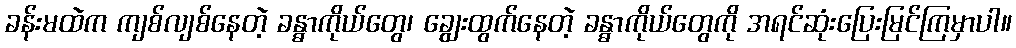
ခန်းမထဲက ကျစ်လျစ်နေတဲ့ ခန္ဓာကိုယ်တွေ၊ ချွေးထွက်နေတဲ့ ခန္ဓာကိုယ်တွေကို အရင်ဆုံးပြေးမြင်ကြမှာပါ။